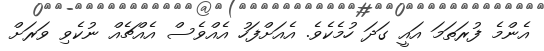
އެންމެ ފުރަތަމަ އައީ ގަދަ ހުމެކެވެ. އެއަށްފަހު އެއްވެސް އެއްޗެއް ނުކެވި ވަރަށް